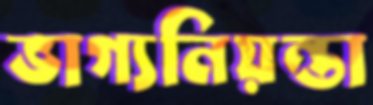
ভাগ্যনিয়ন্তা